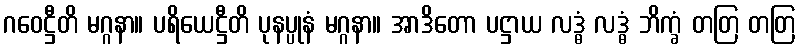
ဂဝေဋ္ဌီတိ မဂ္ဂနာ။ ပရိယေဋ္ဌီတိ ပုနပ္ပုနံ မဂ္ဂနာ။ အာဒိတော ပဋ္ဌာယ လဒ္ဓံ လဒ္ဓံ ဘိက္ခံ တတြ တတြ